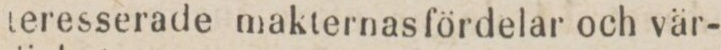
teresserade makternasfördelar och vär-